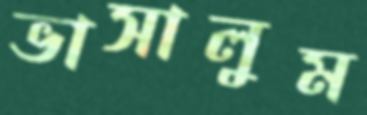
ভাসালুম